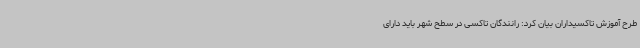
طرح آموزش تاکسیداران بیان کرد: رانندگان تاکسی در سطح شهر باید دارای